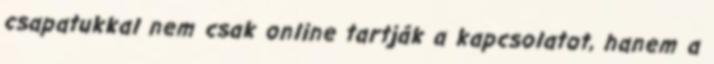
csapatukkal nem csak online tartják a kapcsolatot, hanem a